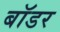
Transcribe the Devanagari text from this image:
बाॅडर